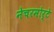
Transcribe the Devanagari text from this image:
नेचरमोर्टे